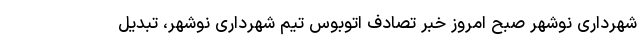
شهرداری نوشهر صبح امروز خبر تصادف اتوبوس تیم شهرداری نوشهر، تبدیل